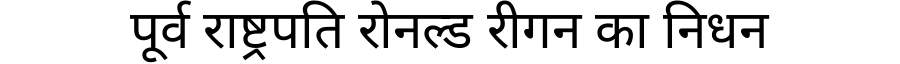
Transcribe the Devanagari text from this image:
पूर्व राष्ट्रपति रोनल्ड रीगन का निधन